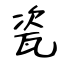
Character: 瓷